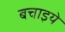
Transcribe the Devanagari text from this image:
बचाइये